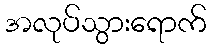
အလုပ်သွားရောက်